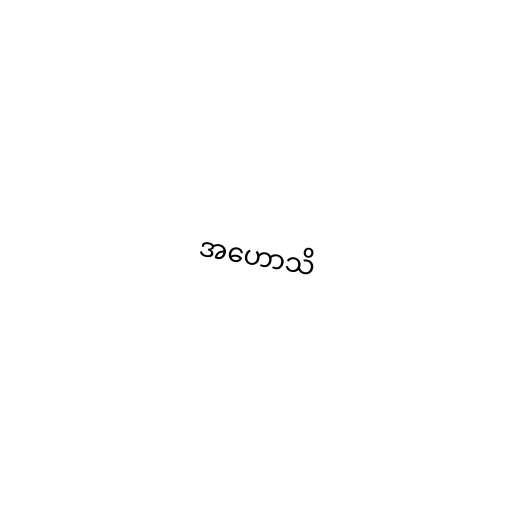
အဟောသိ